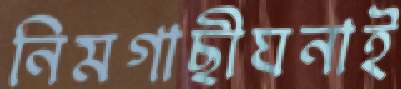
নিমগাছীঘনাই